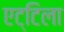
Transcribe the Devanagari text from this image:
एट्टिला